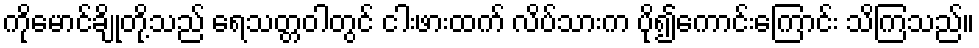
ကိုမောင်ချိုတို့သည် ရေသတ္တဝါတွင် ငါးဖားထက် လိပ်သားက ပို၍ကောင်းကြောင်း သိကြသည်။